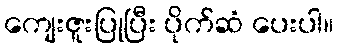
ကျေးဇူးပြုပြီး ပိုက်ဆံ ပေးပါ။